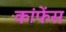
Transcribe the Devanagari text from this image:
कांफेंस